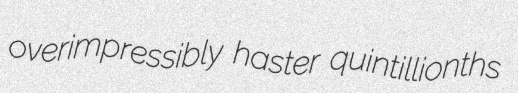
overimpressibly haster quintillionths